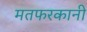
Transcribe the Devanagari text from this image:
मतफरकानी